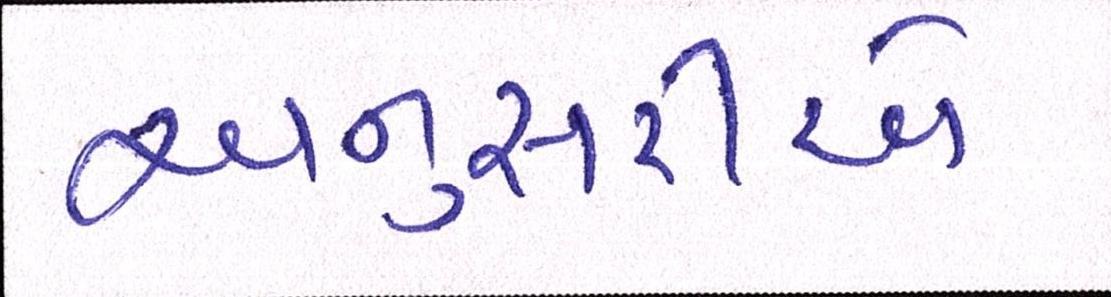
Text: અનુસરીએ